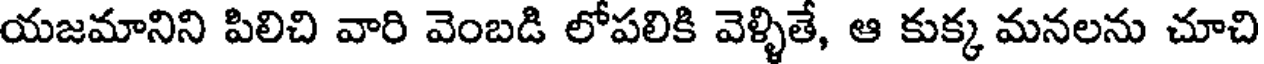
యజమానిని పిలిచి వారి వెంబడి లోపలికి వెళ్ళితే, ఆ కుక్క మనలను చూచి